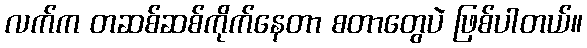
လက်က တဆစ်ဆစ်ကိုက်နေတာ စတာတွေပဲ ဖြစ်ပါတယ်။